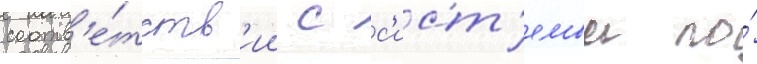
соотв'е́тств'ии с с'ист'емои по́